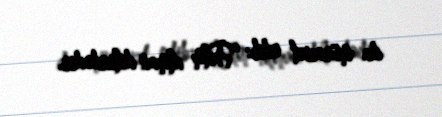
da müraciət edib: “Film alman dilindədir.